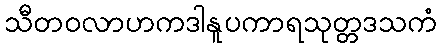
သီတဝလာဟကဒါနူပကာရသုတ္တဒသကံ